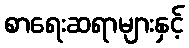
စာရေးဆရာများနှင့်